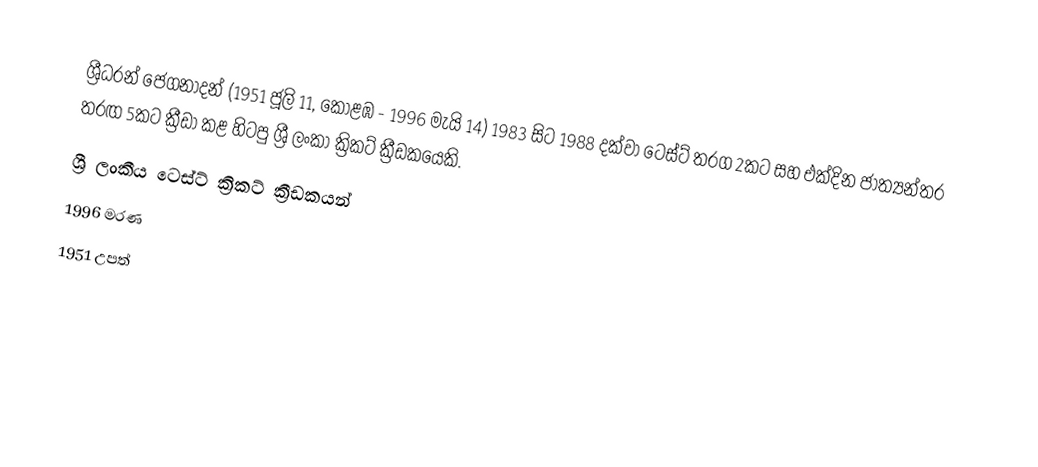
ශ්‍රීධරන් ජෙගනාදන් (1951 ජූලි 11, කොළඹ - 1996 මැයි 14) 1983 සිට 1988 දක්වා ටෙස්ට් තරග 2කට සහ එක්දින ජාත්‍යන්තර තරඟ  5කට ක්‍රීඩා කළ හිටපු ශ්‍රී ලංකා ක්‍රිකට් ක්‍රීඩකයෙකි.
ශ්‍රී ලංකීය ටෙස්ට් ක්‍රිකට් ක්‍රීඩකයන්
1996 මරණ
1951 උපත්